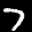
Label: 7